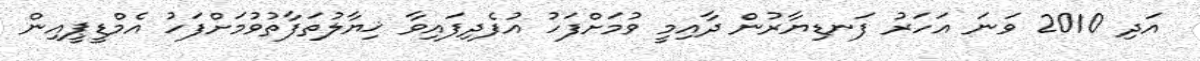
އަދި 2010 ވަނަ އަހަރު ފަނޑިޔާރުން ދާއިމީ ވުމަށްފަހު އުފެދިފައިވާ ޚިޔާލުތަފާތުވުމަށްފަހު އެމްޑީޕީއިން